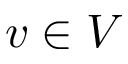
v \in V